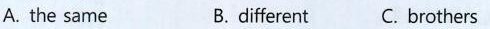
A. the same B.different C. brothers